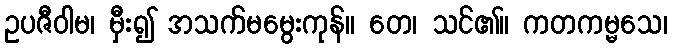
ဥပဇီဝါမ၊ မှီး၍ အသက်မမွေးကုန်။ တေ၊ သင်၏။ ကတကမ္မသေ၊